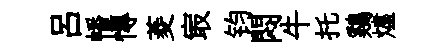
呂幡慱菱㝡钧悶牛托鷄燼